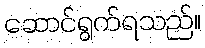
ဆောင်ရွက်ရသည်။